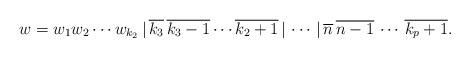
LaTeX: \begin{align*}w=w_1w_2\cdots w_{k_2}\,|\, \overline{k_3}\,\overline{k_3-1}\cdots \overline{k_2+1}\,|\,\cdots\,|\,\overline{n}\,\overline{n-1}\,\cdots\,\overline{k_p+1}.\end{align*}